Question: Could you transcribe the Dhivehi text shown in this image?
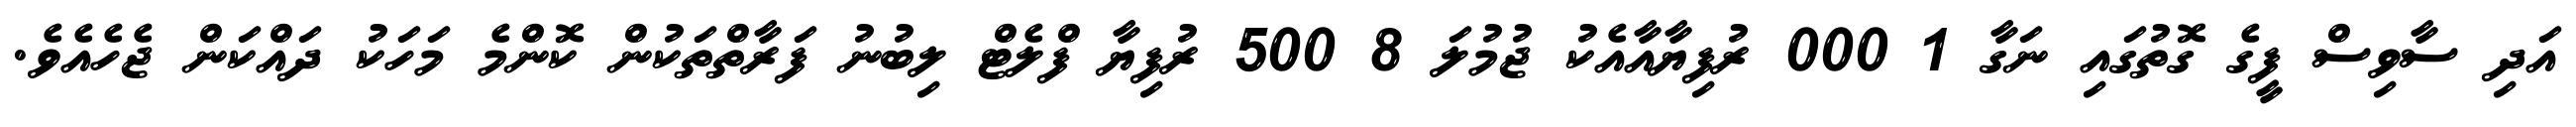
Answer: އަދި ސާވިސް ފީގެ ގޮތުގައި ނަގާ 1 000 ރުފިޔާއާއެކު ޖުމުލަ 8 500 ރުފިޔާ ފްލެޓް ލިބުނު ފަރާތްތަކުން ކޮންމެ މަހަކު ދައްކަން ޖެހެއެވެ.